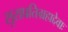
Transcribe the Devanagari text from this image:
सुराप्रतिग्रहाद्देवाः